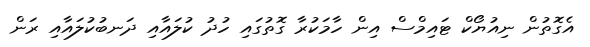
އެގޮތުން ނިއުޔޯކް ޓައިމްސް އިން ހާމަކުރާ ގޮތުގައި ހުދު ކުލައާއި ދަނބުކުލައާއި ރަން